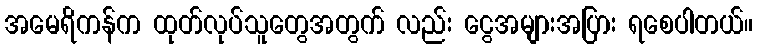
အမေရိကန်က ထုတ်လုပ်သူတွေအတွက် လည်း ငွေအများအပြား ရစေပါတယ်။